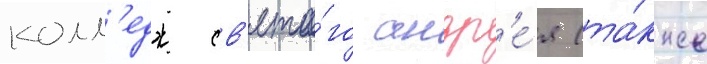
колл'едж св'ято́го андр'е́я (та́кже